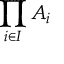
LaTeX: \prod _ { i \in I } A _ { i }